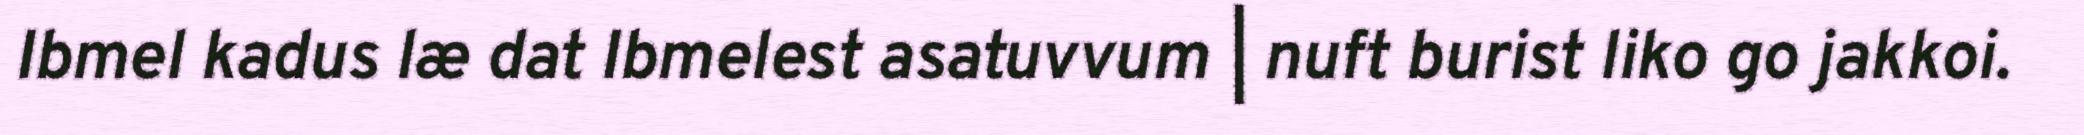
Ibmel kadus læ dat Ibmelest asatuvvum | nuft burist liko go jakkoi.